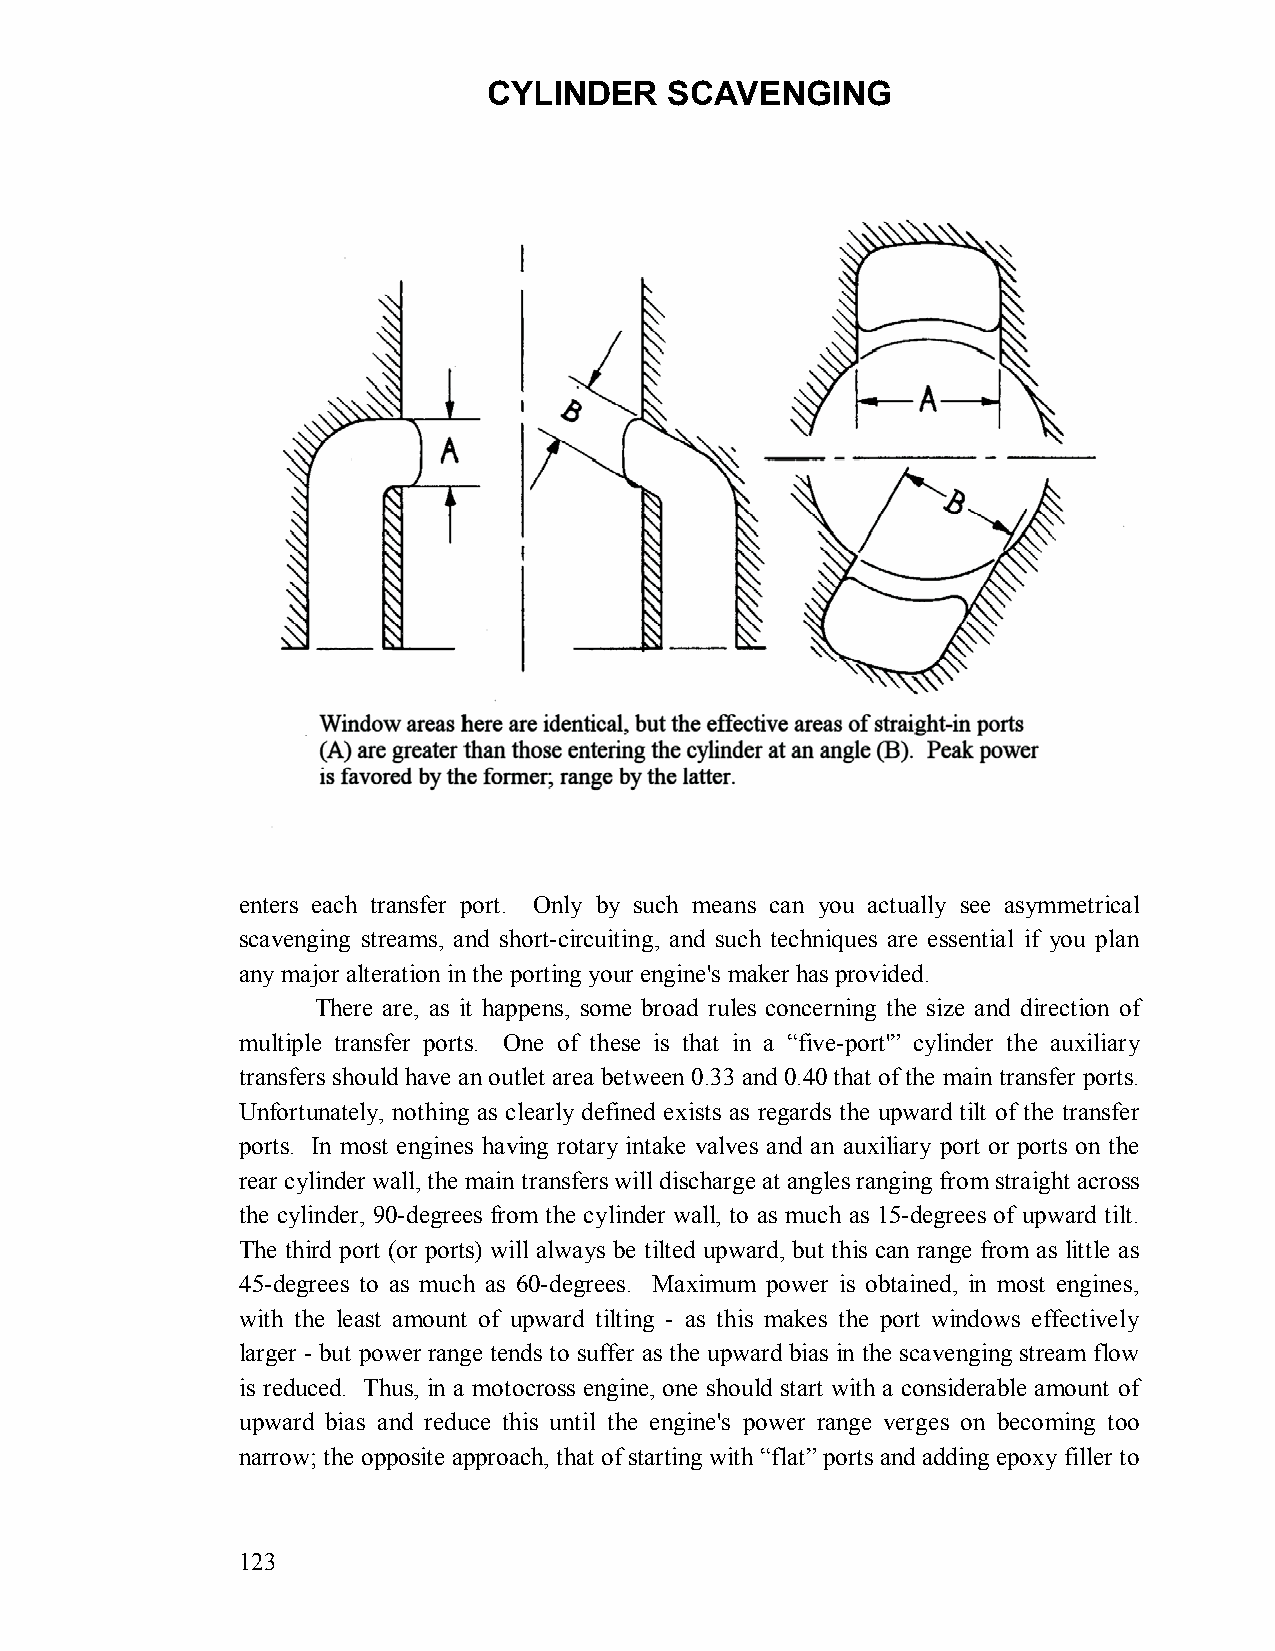
CYLINDER    SCAVENGING
 enters each transfer port. Only by such means can you actually see asymmetrical
 scavenging streams, and short-circuiting, and such techniques are essential if you plan
 any major alteration in the porting your engine's maker has provided.
 There are, as it happens, some broad rules concerning the size and direction of
 multiple transfer ports. One of these is that in a “five-port'” cylinder the auxiliary
 transfers should have an outlet area between 0.33 and 0.40 that of the main transfer ports.
 Unfortunately, nothing as clearly defined exists as regards the upward tilt of the transfer
 ports. In most engines having rotary intake valves and an auxiliary port or ports on the
 rear cylinder wall, the main transfers will discharge at angles ranging from straight across
 the cylinder, 90-degrees from the cylinder wall, to as much as 15-degrees of upward tilt.
 The third port (or ports) will always be tilted upward, but this can range from as little as
 45-degrees to as much as 60-degrees. Maximum power is obtained, in most engines,
 with the least amount of upward tilting - as this makes the port windows effectively
 larger - but power range tends to suffer as the upward bias in the scavenging stream flow
 is reduced. Thus, in a motocross engine, one should start with a considerable amount of
 upward bias and reduce this until the engine's power range verges on becoming too
 narrow; the opposite approach, that of starting with “flat” ports and adding epoxy filler to
 123